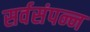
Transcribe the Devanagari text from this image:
सर्वसंपन्न